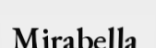
Mirabella